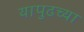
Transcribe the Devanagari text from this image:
यापुढच्या